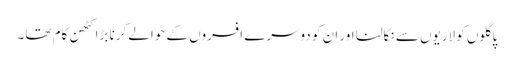
پاگلوں کو لاریوں سے نکالنا اور ان کو دوسرے افسروں کے حوالے کرنا بڑا کٹھن کام تھا۔